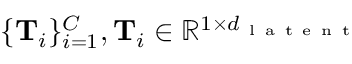
\{ \mathbf { T } _ { i } \} _ { i = 1 } ^ { C } , \mathbf { T } _ { i } \in \mathbb { R } ^ { 1 \times d _ { \mathrm { ~ l ~ a ~ t ~ e ~ n ~ t ~ } } }